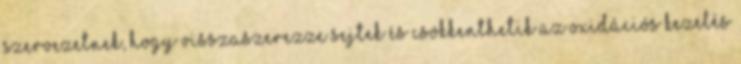
szervezetnek, hogy visszaszerezze sejtek és csökkenthetik az oxidációs kezelés